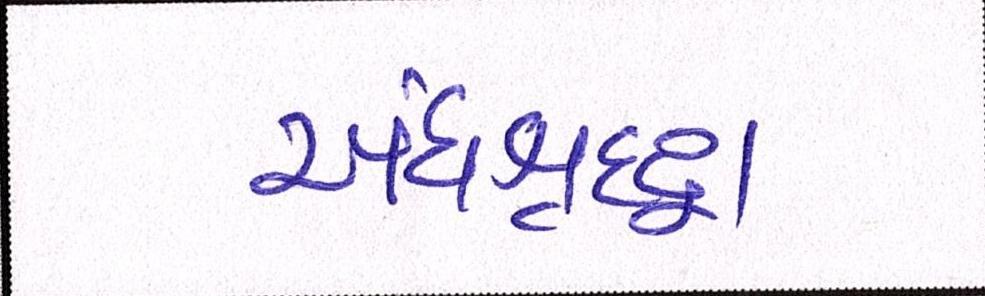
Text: અંધશ્રદ્ધા